Vaccination in Bombay 1863-1868 - 1863-1868
Year: 1863
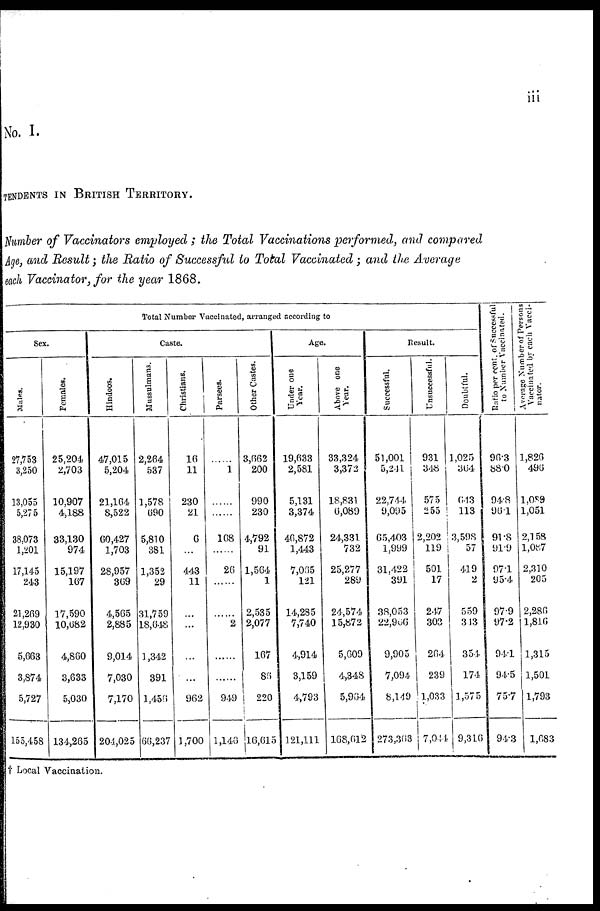
iii
No. I.
TENDENTS IN BRITISH TERRITORY.
Number of Vaccinators employed ; the Total Vaccinations performed, and compared
Age, and Result; the Ratio of Successful to Total Vaccinated ; and the Average
each Vaccinator, for the year 1868.
Total Number Vaccinated, arranged according to
Sex.
Males.
27,753
3,250
13,055
5,275
38,073
1,201
17,145
243
21,269
12,930
5,663
3,874
5,727
155,458
Females.
25,204
2,703
10,907
4,188
33,130
974
15,197
167
17,590
10,682
4,860
3,633
5,030
134,265
Caste.
Hindoos.
47,015
5,204
21,164
8,522
60,427
1,703
28,957
369
4,565
2,885
9,014
7,030
7,170
204,025
Mussulmans.
2,264
537
1,578
690
5,810
381
1,352
29
31,759
18,648
1,342
391
1,456
66,237
Christians.
16
11
230
21
6
...
443
11
...
...
...
...
962
1,700
Parsees.
......
1
......
.....
168
......
26
......
......
2
......
......
949
1,146
Other Castes.
3,662
200
990
230
4,792
91
1,564
1
2,535
2,077
167
86
220
16,615
Age.
Under one
Year.
19,633
2,581
5,131
3,374
46,872
1,443
7,065
121
14,285
7,740
4,914
3,159
4,793
121,111
Above one
Year.
33,324
3,372
18,831
6,089
24,331
732
25,277
289
24,574
15,872
5,609
4,848
5,964
168,612
Result.
Successful.
51,001
5,241
22,744
9,095
65,403
1,999
31,422
391
38,053
22,966
9,905
7,094
8,149
273,363
Unsuccessful.
931
348
575
255
2 202
119
501
17
247
303
264
239
1,033
7,044
Doubtful.
1,025
364
643
113
3,598
57
419
2
559
343
354
174
1,575
9,316
Ratio per cent. of Successful
to Number Vaccinated.
96.3
88.0
94.8
96.1
91.8
91.9
97.1
95.4
97.9
97.2
94.1
94.5
75.7
94.3
Average Number of Persons
Vaccinated by each Vacci-
nator.
1,826
496
1,089
1,051
2,158
1,087
2,310
205
2,286
1,816
1,315
1,501
1,793
1,683
† Local Vaccination.